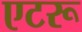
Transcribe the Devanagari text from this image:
एटरू